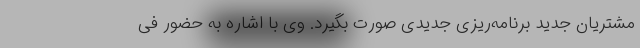
مشتریان جدید برنامه‌ریزی جدیدی صورت بگیرد. وی با اشاره به حضور فی